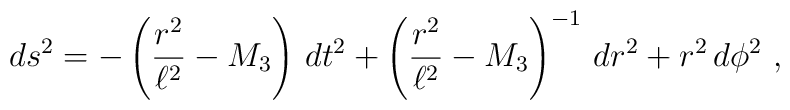
ds^2 = -\left( {r^2 \over \ell^2} - M_3 \right) \, dt^2 + \left( {r^2 \over \ell^2} - M_3 \right)^{-1} \, dr^2 + r^2 \, d\phi^2 \ ,